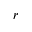
r